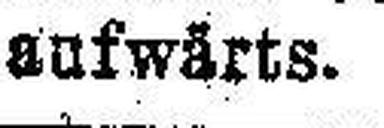
aufwärts.